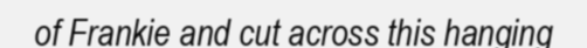
of Frankie and cut across this hanging